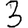
Digit: 3